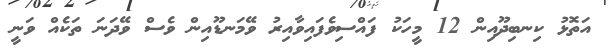
އަތޮޅު ކިނބިދޫއިން 12 މީހަކު ފައްސިވެފައިވާއިރު ވޭމަނޑޫއިން ވެސް ވޭދަނަ ތަކެއް ވަނީ